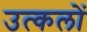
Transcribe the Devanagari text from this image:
उत्कलों